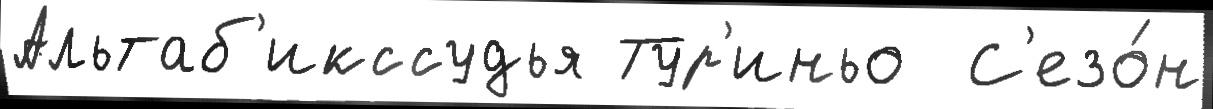
Альтаб'икссудья Тур'иньо  С'езо́н